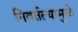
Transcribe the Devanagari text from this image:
निवर्तल्यामुळे